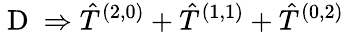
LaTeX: \mathrm{~D~}\Rightarrow\hat{T}^{(2,0)}+\hat{T}^{(1,1)}+\hat{T}^{(0,2)}